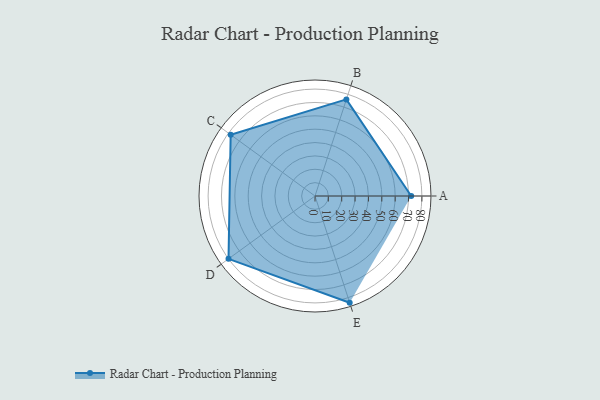
{"axis": {"x": "Skill", "y": "Score"}, "legend": ["Profile"], "data": [{"x": "A", "y": 72.0, "type": "Profile"}, {"x": "B", "y": 76.0, "type": "Profile"}, {"x": "C", "y": 78.0, "type": "Profile"}, {"x": "D", "y": 80.0, "type": "Profile"}, {"x": "E", "y": 84.0, "type": "Profile"}]}